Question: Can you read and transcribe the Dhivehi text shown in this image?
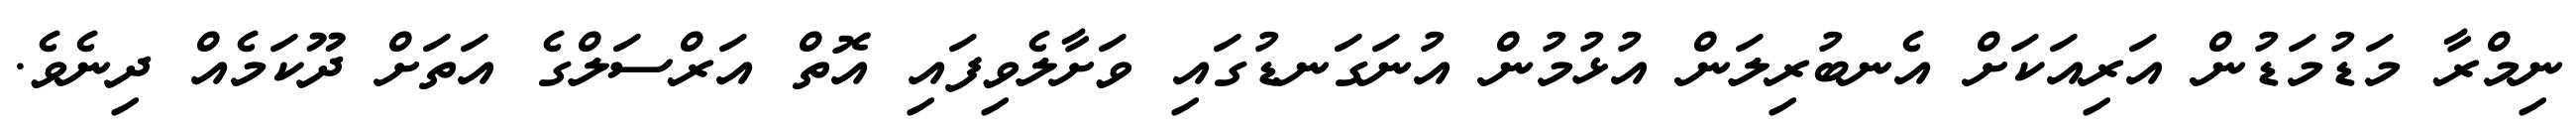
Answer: ނިމްރާ މަޑުމަޑުން އަރިއަކަށް އެނބުރިލަން އުޅުމުން އުނަގަނޑުގައި ވަށާލެވިފައި އޮތް އަރްސަލްގެ އަތަށް ދޫކަމެއް ދިނެވެ.